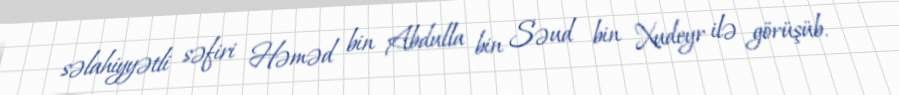
səlahiyyətli səfiri Həməd bin Abdulla bin Səud bin Xudeyr ilə görüşüb.